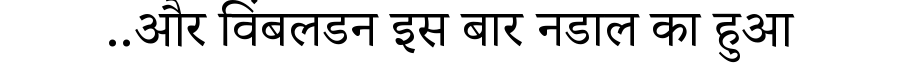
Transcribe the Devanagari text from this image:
..और विंबलडन इस बार नडाल का हुआ